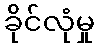
ခိုင်လုံမှု